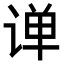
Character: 𫟠